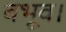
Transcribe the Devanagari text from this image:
बभूव।